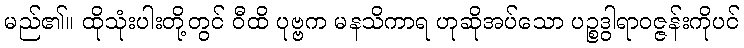
မည်၏။ ထိုသုံးပါးတို့တွင် ဝီထိ ပုဗ္ဗက မနသိကာရ ဟုဆိုအပ်သော ပဉ္စဒွါရာဝဇ္ဇန်းကိုပင်